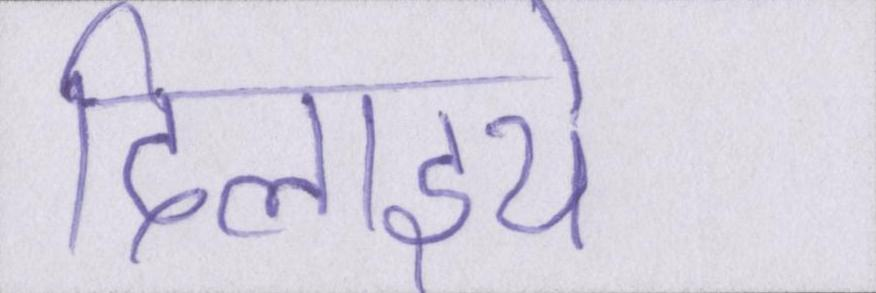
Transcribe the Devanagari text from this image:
दिलाइये